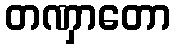
တဏှာတော